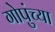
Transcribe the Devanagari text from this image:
गोपुंच्या